Lunatic asylums Central Provinces reports 1910-1926 - 1910-1926
Year: 1910
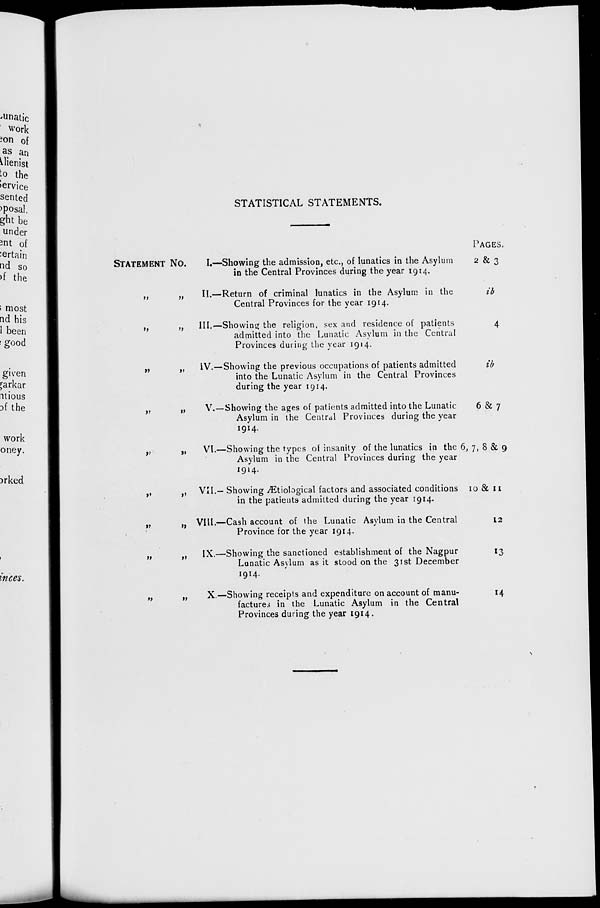
STATISTICAL STATEMENTS.
STATEMENT NO.
„ „
„ „
„ „
„ „
„ „
„ „
„ „
„ „
„ „
I.—
II.—
III.—
IV.—
V.—
VI.—
VII.—
VIII.—
IX.—
X.—
Showing the admission, etc., of lunatics in the Asylum
in the Central Provinces during the year 1914.
Return of criminal lunatics in the Asylum in the
Central Provinces for the year 1914.
Showing the religion, sex and residence of patients
admitted into the Lunatic Asylum in the Central
Provinces during the year 1914.
Showing the previous occupations of patients admitted
into the Lunatic Asylum in the Central Provinces
during the year 1914.
Showing the ages of patients admitted into the Lunatic
Asylum in the Central Provinces during the year
1914.
Showing the types of insanity of the lunatics in the
Asylum in the Central Provinces during the year
1914.
Showing Ætiological factors and associated conditions
in the patients admitted during the year 1914.
Cash account of the Lunatic Asylum in the Central
Province for the year 1914.
Showing the sanctioned establishment of the Nagpur
Lunatic Asylum as it stood on the 31st December
1914.
Showing receipts and expenditure on account of manu-
factures in the Lunatic Asylum in the Central
Provinces during the year 1914.
PAGES.
2 & 3
ib
4
ib
6 & 7
6,7, 8 & 9
10 & 11
12
13
14